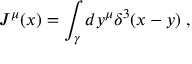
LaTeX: J ^ { \mu } ( x ) = \int _ { \gamma } d y ^ { \mu } \delta ^ { 3 } ( x - y ) \; ,